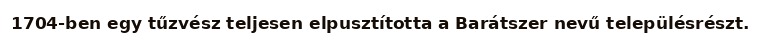
1704-ben egy tűzvész teljesen elpusztította a Barátszer nevű településrészt.